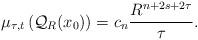
LaTeX: \begin{align*}\mu_{\tau,t}\left(\mathcal{Q}_{R}(x_{0})\right)=c_{n}\frac{R^{n+2s+2\tau}}{\tau}.\end{align*}